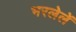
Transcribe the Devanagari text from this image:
भरलेलें